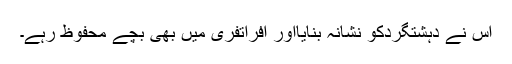
اس نے دہشتگردکو نشانہ بنایااور افراتفری میں بھی بچے محفوظ رہے۔